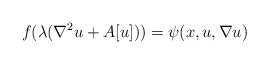
\begin{align*}f (\lambda (\nabla^2 u + A [u])) = \psi (x, u, \nabla u)\end{align*}